Civil Veterinary Department. Madras. Admin. report 1910-25 - 1910-1925
Year: 1910
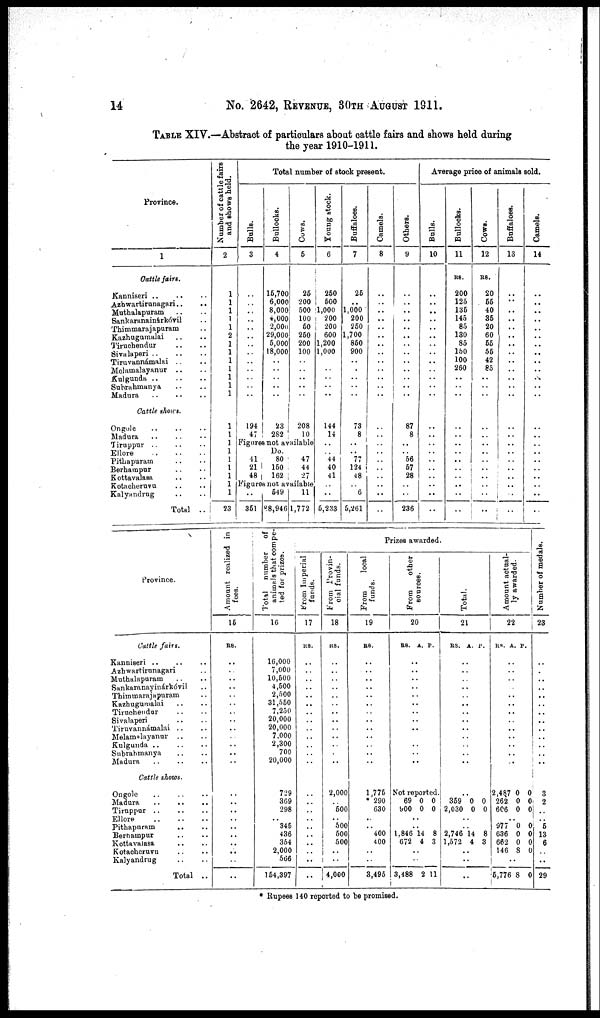
14
No. 2642, REVENUE, 30TH AUGUST 1911.
TABLE XIV.—Abstract of particulars about cattle fairs and shows held during
the year 1910-1911.
Province.
1
Cattle fairs.
Kanniseri
..
..
..
Azhwartirunagari .. ..
Muthalapuram .. ..
Sankaranainárkóvil ..
Thimmarajapuram ..
Kazhogamalai .. ..
Tiruchendur .. ..
Sivalaperi
..
..
..
Tiruvannámalai .. ..
Melamalayanur .. ..
Kulgunda
..
..
..
Subrahmanya .. ..
Madura
Cattle shows.
Ongole .. .. ..
Madura
Tiruppur .. .. ..
Ellore
..
..
..
Pithapuram .. ..
Berhampur .. ..
Kottavalasa .. ..
Kotacheruvu .. ..
Kalyandrug .. ..
Total ..
Number of cattle fairs
and shows held.
2
1
1
1
1
1
2
1
1
1
1
1
1
1
1
1
1
1
1
1
1
1
1
23
Bulls.
3
..
..
..
..
..
..
..
..
..
..
..
..
..
194
47
Total number of stock present.
Bullocks.
4
16,700
6,000
8,000
4,000
2,000
29,000
6,000
18,000
..
..
..
..
..
23
282
Cows.
5
26
200
500
100
60
260
200
100
..
..
..
..
..
208
10
Figures not available
41
21
48
Do.
80
160
162
47
44
27
Figures not available
..
361
649
88,946
11
1,772
Young stock.
6
250
500
1,000
200
200
600
1,200
1,000
..
..
..
..
..
144
14
..
..
44
40
41
..
..
6,233
Buffaloes.
7
26
..
1,000
200
260
1,700
860
900
..
..
..
..
..
73
8
..
..
77
124
18
..
6
6,261
Camels.
8
..
..
..
..
..
..
..
..
..
..
..
..
..
..
..
..
..
..
..
..
..
..
..
Others.
9
..
..
..
..
..
..
..
..
..
..
..
..
..
87
8
..
..
66
67
28
..
..
236
Average price of animals sold.
Bulls.
10
..
..
..
..
..
..
..
..
..
..
..
..
..
..
..
..
..
..
..
..
..
..
..
Bullocks.
11
Rs.
200
126
136
145
85
130
85
150
100
260
..
..
..
..
..
..
..
..
..
..
..
..
..
Cows.
12
Rs.
20
55
40
36
20
60
66
56
42
85
..
..
..
..
..
..
..
..
..
..
..
..
..
Buffaloes.
13
..
..
..
..
..
..
..
..
..
..
..
..
..
..
..
..
..
..
..
..
..
..
..
Camels.
14
..
..
..
..
..
..
..
..
..
..
..
..
..
..
..
..
..
..
..
..
..
..
..
Province.
Cattle fairs.
Kanniseri .. .. ..
Azhwartirunagari ..
Muthalapuram .. ..
Sankaranayinárkóvil ..
Thimmarajapuram ..
Kazhugumalai .. ..
Tiruchendur .. ..
Sivalaperi .. ..
Tiruvannámalai .. ..
Melamalayanur .. ..
Kulgunda
..
..
..
Subrahmanya .. ..
Madura
Cattle shows.
Ongole .. .. ..
Madura .. .. ..
Tiruppur
..
..
..
Ellore
..
..
..
Pithapuram .. ..
Berhampur .. ..
Kottavalasa .. ..
Kotacheruvu .. ..
Kalyandrug .. ..
Total ..
Amount realized in
fees.
15
Rs.
..
..
..
..
..
..
..
..
..
..
..
..
..
..
..
..
..
..
..
..
..
..
..
Total
number of
animals
that compe-
ted for prizes.
16
16,000
7,000
10,600
4,600
2,500
31,560
7,250
20,000
20,000
7,000
2,300
700
20,000
729
369
298
..
346
436
354
2,000
566
154,397
Prizes awarded.
from Imperial
funds.
17
Rs.
..
..
..
..
..
..
..
..
..
..
..
..
..
..
..
..
..
..
..
..
..
..
..
From Provin-
cial funds.
18
Rs.
..
..
..
..
..
..
..
..
..
..
..
..
..
2,000
..
600
..
500
500
500
..
..
4,000
From
local
funds.
19
Rs.
..
..
..
..
..
..
..
..
..
..
..
..
..
1,775
* 290
630
..
..
400
4 00
..
..
3,495
Fr om other
sources.
20
Rs.
..
..
..
..
..
..
..
..
..
..
..
..
..
A. P.
Not reported.
69
900
..
..
1,846
672
..
..
3,488
0
0
14
4
2
0
0
8
3
11
Total.
21
Rs.
..
..
..
..
..
.
..
..
..
..
..
..
..
..
369
2,030
..
2,746
1,572
..
..
..
A.
.
0
0
14
4
P.
0
0
8
3
Amo u n t actual-
ly awarded.
22
Rs. A
..
..
..
..
..
..
..
..
..
..
..
..
..
2,487
262
606
..
977
636
662
146
..
6,776
.
0
0
0
0
0
0
8
8
P.
0
0
0
0
0
0
0
0
Number of medals.
23
..
..
..
..
..
..
..
..
..
..
..
..
..
3
2
..
..
6
13
6
..
29
* Rupees 140 reported to be promised.